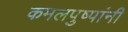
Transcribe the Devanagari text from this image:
कमलपुष्पांनी